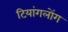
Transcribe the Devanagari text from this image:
टियांगलोंग